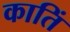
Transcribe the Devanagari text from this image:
कातिं